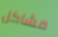
مشاكل